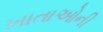
ખાતાઓની